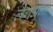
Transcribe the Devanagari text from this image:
लैगुअना